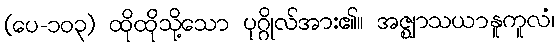
(ပေ-၁၀၃) ထိုထိုသို့သော ပုဂ္ဂိုလ်အား၏။ အဇ္ဈာသယာနူကူလံ၊